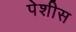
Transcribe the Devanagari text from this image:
पेशीस